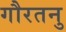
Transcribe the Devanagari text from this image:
गौरतनु